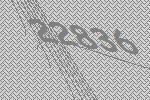
22836